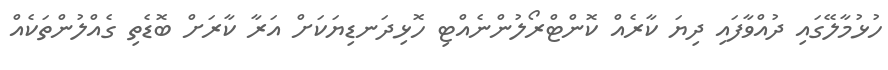
ހުޅުމާލޭގައި ދުއްވާފައި ދިޔަ ކާރެއް ކޮންޓްރޯލުންނެއްޓި ހޮޅިދަނޑިޔަކަށް އަރާ ކާރަށް ބޮޑެތި ގެއްލުންތަކެއް